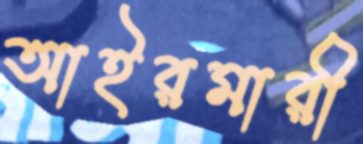
আইরমারী